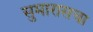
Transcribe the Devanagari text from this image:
सुमारासचा